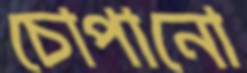
চোপানো